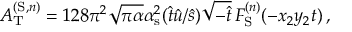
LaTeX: A _ { \mathrm { T } } ^ { ( \mathrm { S } , n ) } = 1 2 8 \pi ^ { 2 } \sqrt { \pi \alpha } \alpha _ { \mathrm { s } } ^ { 2 } ( \hat { t } \hat { u } / \hat { s } ) \sqrt { - \hat { t } } \, F _ { \mathrm { S } } ^ { ( n ) } ( - x _ { 2 } y _ { 2 } t ) \, ,